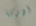
أدركنا